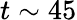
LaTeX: t\sim 45